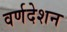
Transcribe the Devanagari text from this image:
वर्णदेशन